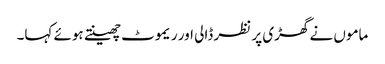
ماموں نے گھڑی پر نظر ڈالی اور ریموٹ چھینتے ہوئے کہا۔